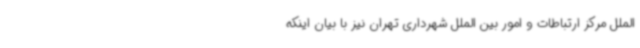
الملل مرکز ارتباطات و امور بین الملل شهرداری تهران نیز با بیان اینکه